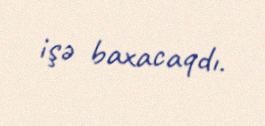
işə baxacaqdı.